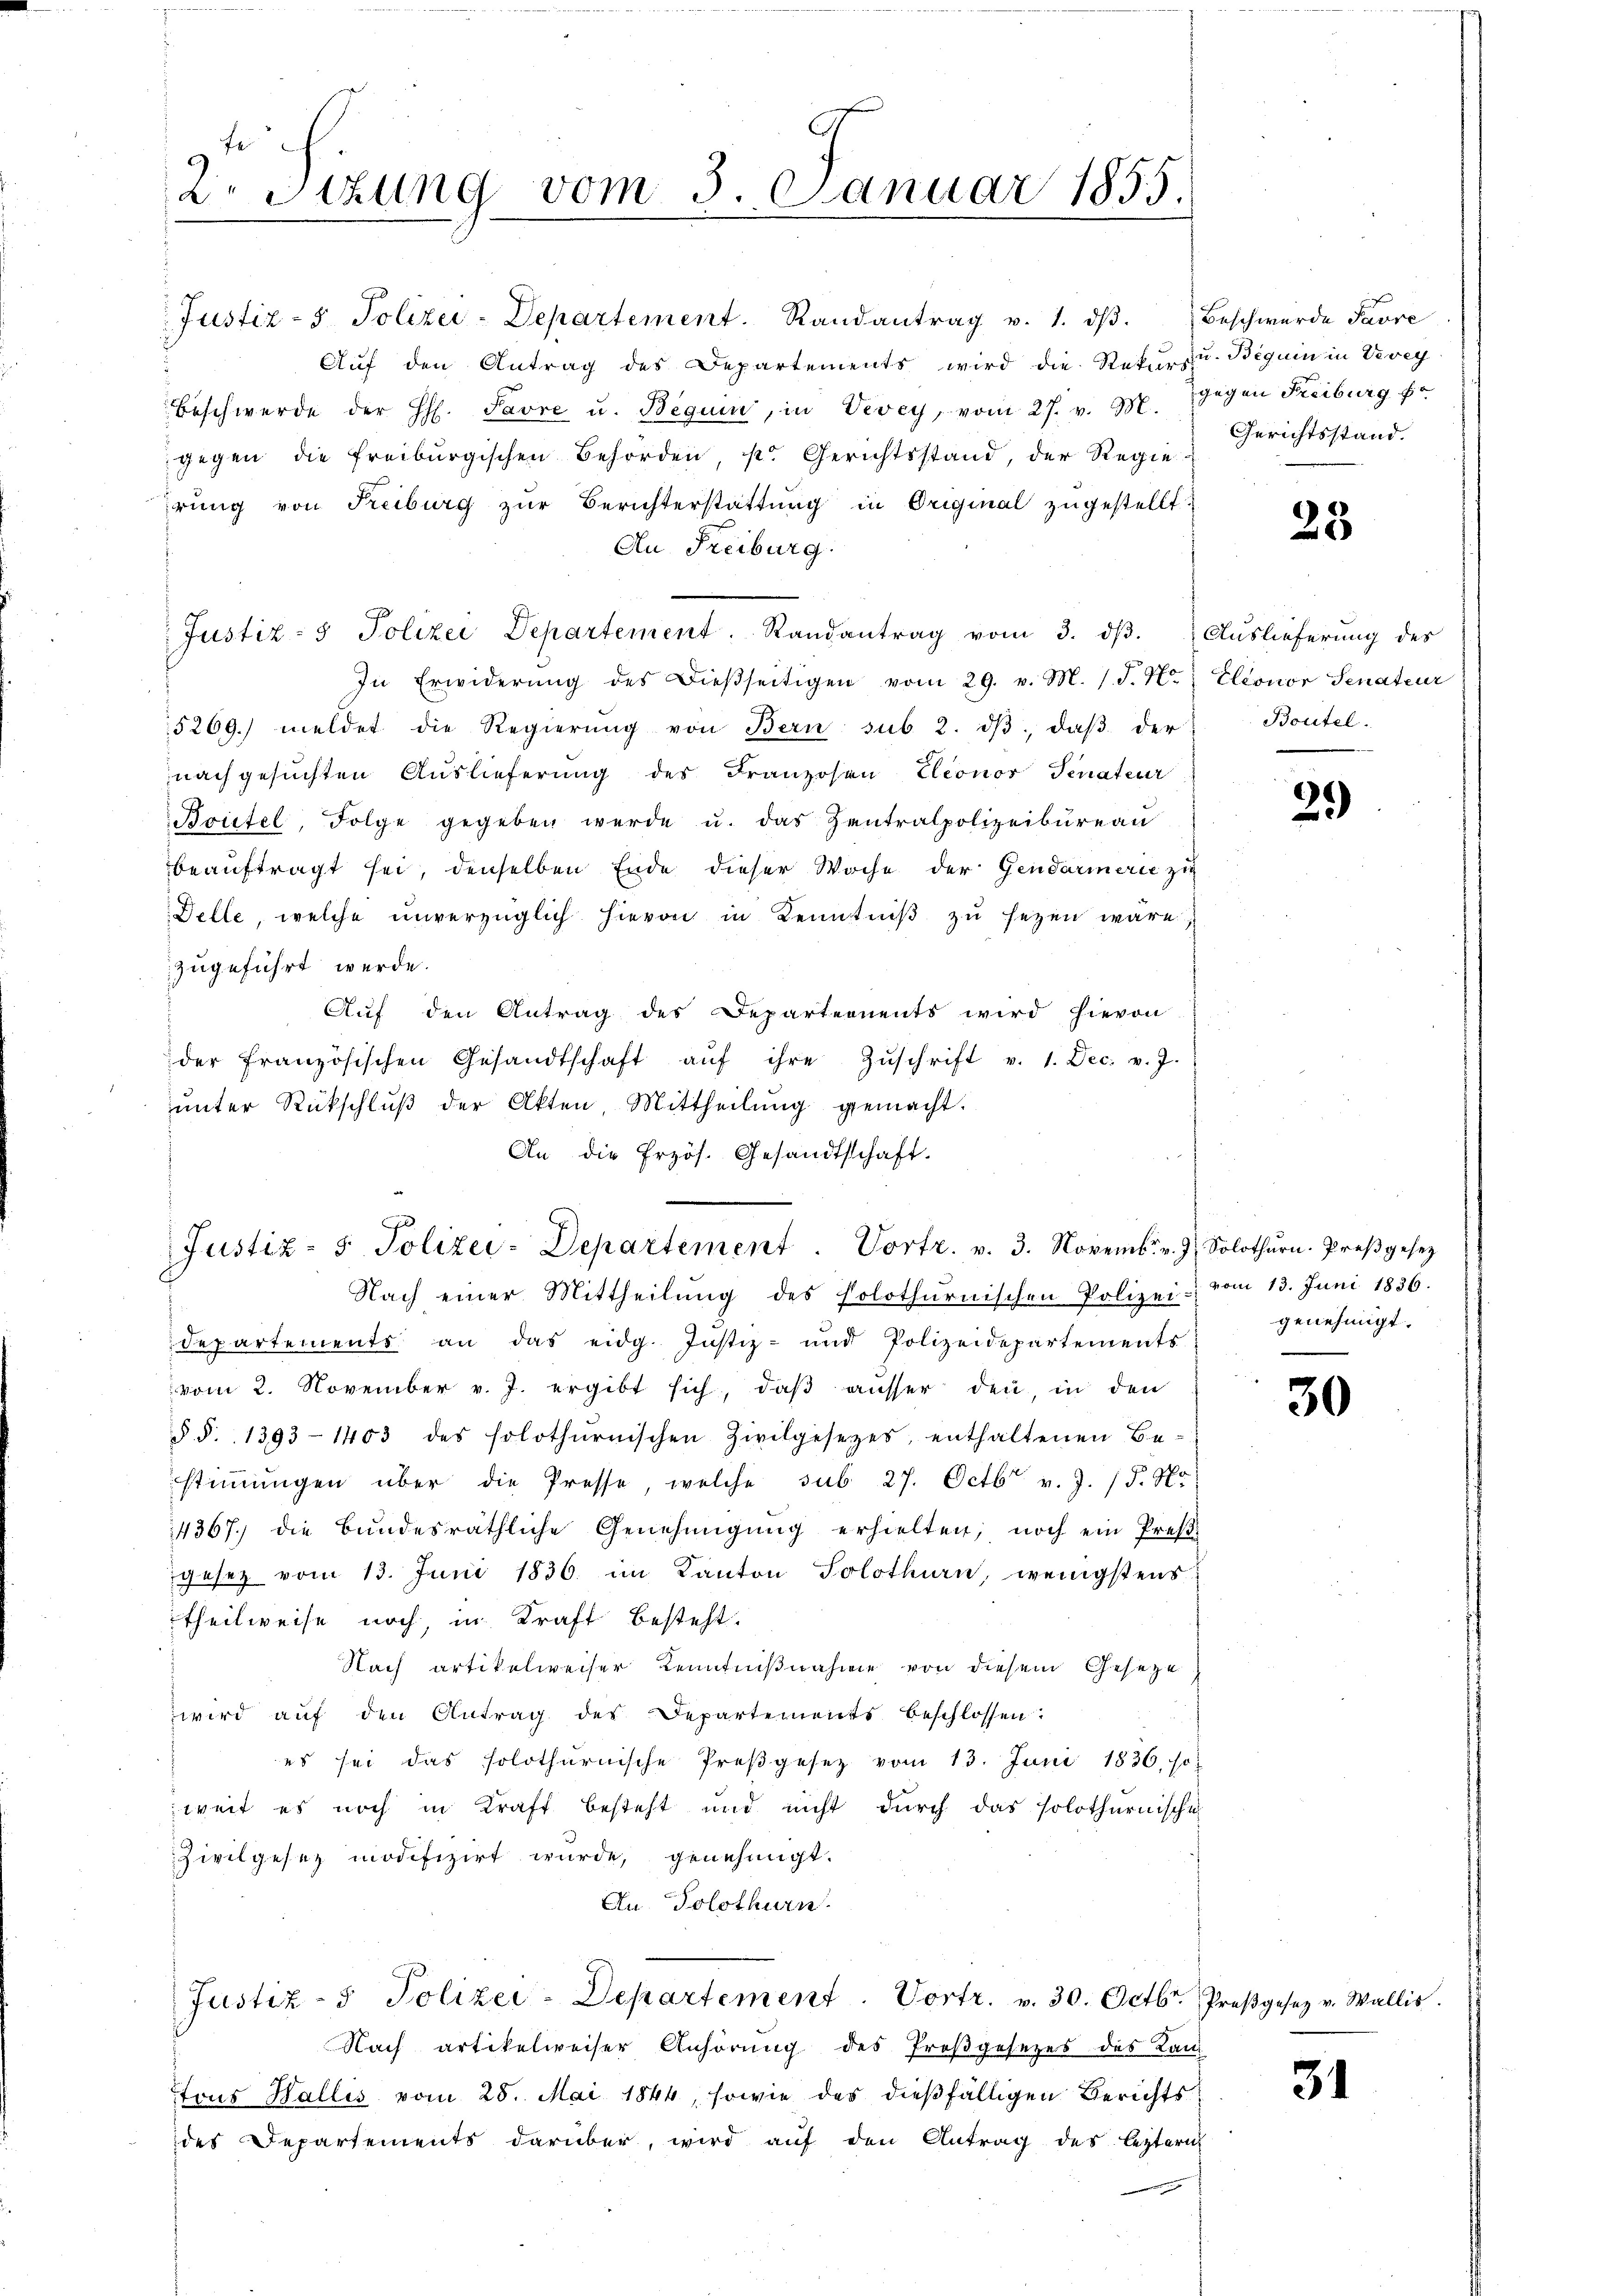
2. Tizung vom 3. Januar 1855.

Justiz- & Polizei-Departement Vortr. v. 3. Novemb. v. J. Solothŭrn. Proβgesez

Justiz- & Polizei-Departement. Randantrag v. 1. dβ.
Auf den Antrag des Departements wird die Rekurs u. Beguin in Vevey
Beschwerde der H. Favre u. Beguin, in Vevey, vom 27. v. M. gegen Freiburg fr
gegen die Freiburgischen Behörden, s. Gerichtsstand, der Regierung von Freiburg zur Berichterstattung in Original zugestellt.
An Freiburg:
Justiz- & Polizei Departement. Randantrag vom 3. dβ.  Auslieferung des
In Erwiderŭng des Dieβseitigen vom 29. v. M. J. J. H. Eleonor Senateur
5269. meldet die Regierŭng von Bern sub. 2. dβ, daβ der
nachgesuchten Auslieferung des Franzosen Eleonor Senateur
Boitel, Folge gegeben werde u. das Zentralpolizeibureau
beauftragt sei, denselben Ende dieser Woche der Gendarmerie zu
Delle, welche unverzüglich hievon in Kenntniß zu sezen wäre,
zugeführt werde.
Auf den Antrag des Departernents wird hievon
der französischen Gesandtschaft aŭf ihre Zŭschrift v. 1. Dec. v. J.
ŭnter Rückschlŭβ der Akten Mittheilŭng gemacht.
An die Przös. Gesandtschaft.
Nach einer Mittheilŭng des Polothurnischen Polizei vom 13. Juni 1836.
departements an das eidg. Justiz- und Polizeidepartements
vom 2. November v. J. ergibt sich, daβ aŭsser den, in den
§. §. 1393-1403 des solothurnischen Zivilgesetzes, enthaltenen Be-
stimmungen über die Presse, welche sub 27. Octb. v. J. P. Nr.
4367. die Bŭndesräthliche Genehmigŭng erhielten, noch ein Preβ-
gesetz vom 13. Juni 1836. im Kanton Solothurn, wenigstens
theilweise noch, in Kraft besteht.
Nach artikelweiser Kenntnißnahme von diesem Geseze
wird aŭf den Antrag des Departements beschlossen:
es sei das solothurnische Preßgesetz vom 13. Juni 1836, so
weit es noch in Kraft besteht und nicht durch das solothurnische
Zivilgesez modifizirt wurde, genehmigt.
An Solothurn
Justiz- & Polizei-Departement. Vortr. v. 30. Octbr. Proβgesez v. Wallis.
Nach artikelweiser Anhörung des Prosgesezes des Kan-
Tous Wallis vom 25. Mai 1844, sowie des dießfälligen Berichtsdes Departements darüber, wird auf den Antrag des leztern
eeren

Beschwürde Favre
Gerichtsstand.

28

Boutel.

2.)

genehmigt.

30

31